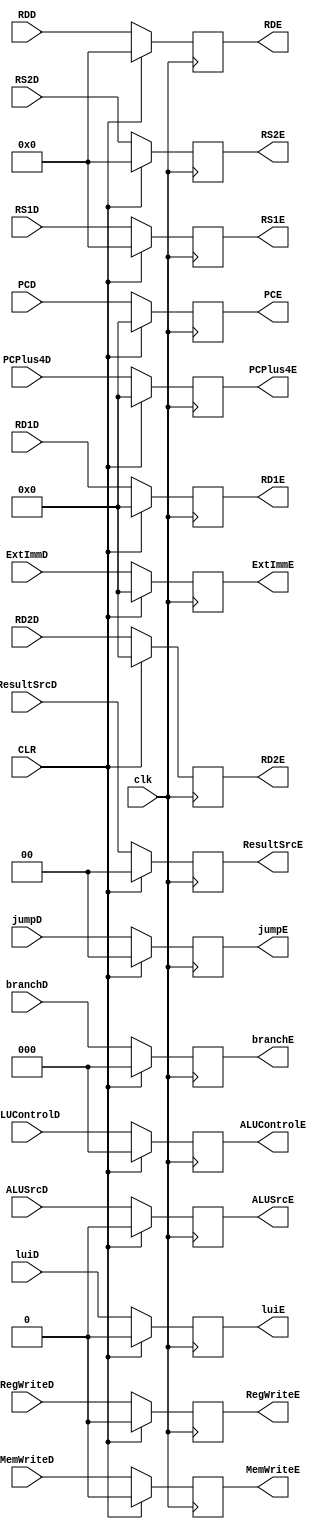
module decode_register(input luiD,
				input [31:0] PCPlus4D, PCD, ExtImmD, RD1D, RD2D,
		       input [4:0] RS1D, RS2D, RDD, 
		       input clk, CLR, RegWriteD, MemWriteD, ALUSrcD,
		       input [1:0] ResultSrcD, jumpD,
		       input [2:0] ALUControlD, branchD,
		       output reg RegWriteE, MemWriteE, ALUSrcE,
		       output reg[1:0] ResultSrcE, jumpE,
		       output reg[2:0] ALUControlE,branchE,
		       output reg[31:0] PCE, 
		       output reg[4:0] RS1E, RS2E, RDE, 
		       output reg[31:0] ExtImmE, PCPlus4E, RD1E, RD2E,
			   output reg luiE);

	always@(posedge clk)begin

		if(CLR)begin
			PCE = 32'b0;
			RS1E = 32'b0;
			RS2E = 32'b0;
			RDE = 32'b0;
			ExtImmE = 32'b0;
			PCPlus4E = 32'b0;
			RD1E = 32'b0;
			RD2E = 32'b0;
			RegWriteE = 1'b0;
			MemWriteE = 1'b0;
			ALUSrcE = 1'b0;
			ResultSrcE = 2'b0;
			jumpE = 2'b0;
			branchE = 3'b0;
			ALUControlE = 3'b0;
			luiE = 1'b0;
		end
		else begin
			PCE = PCD;
			RS1E = RS1D;
			RS2E = RS2D;
			RDE = RDD;
			ExtImmE = ExtImmD;
			PCPlus4E = PCPlus4D;
			RD1E = RD1D;
			RD2E = RD2D;
			RegWriteE = RegWriteD;
			MemWriteE = MemWriteD;
			ALUSrcE = ALUSrcD;
			ResultSrcE = ResultSrcD;
			jumpE = jumpD;
			branchE = branchD;
			ALUControlE = ALUControlD;
			luiE = luiD;
		end
	end

endmodule